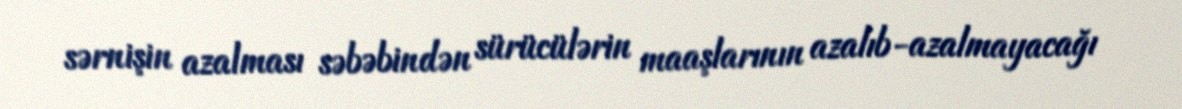
sərnişin azalması səbəbindən sürücülərin maaşlarının azalıb-azalmayacağı